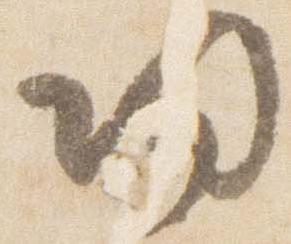
帰